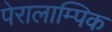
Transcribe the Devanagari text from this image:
पेरालाम्पिक